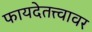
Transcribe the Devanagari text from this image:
फायदेतत्त्वावर